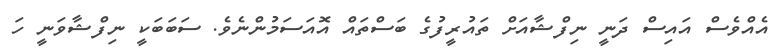
އެއްވެސް އައިސް ދަނީ ނިފްޝާއަށް ތައުރީފުގެ ބަސްތައް އޮއަސަމުންނެވެ. ސަބަބަކީ ނިފްޝާވަނީ ހަ